Annual report of the Punjab Veterinary College and of the Civil Veterinary Department, Punjab - 1894-1908
Year: 1894
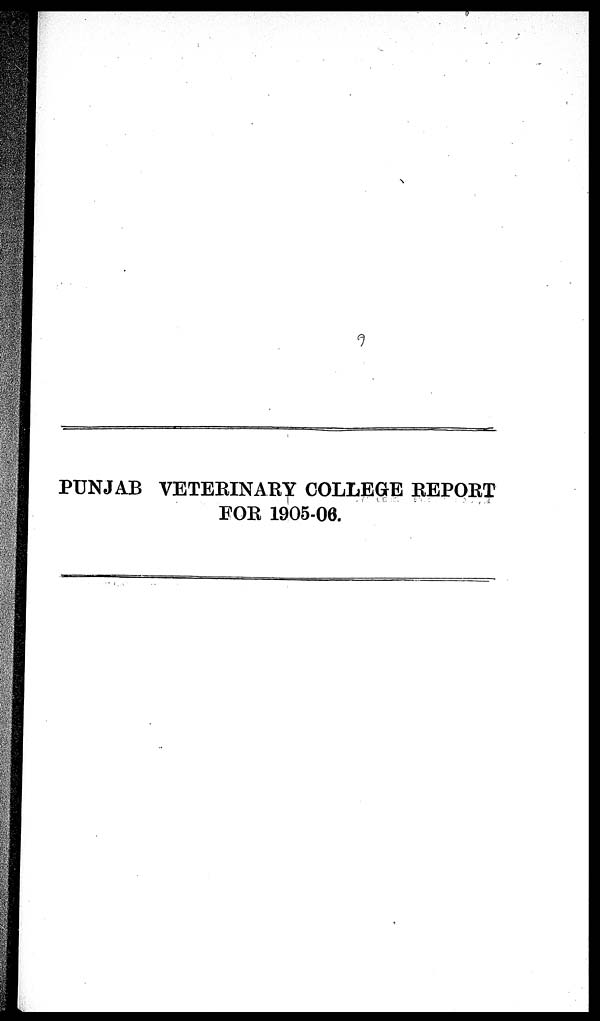
PUNJAB VETERINARY COLLEGE REPORT
FOR 1905-06.